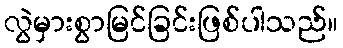
လွဲမှားစွာမြင်ခြင်းဖြစ်ပါသည်။